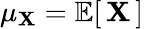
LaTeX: \mu_{\mathbf{X}}=\operatorname{\mathbb{{E}}}[\, \mathbf{X}\, ]